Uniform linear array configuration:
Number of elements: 12
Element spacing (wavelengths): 0.25
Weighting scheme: blackman
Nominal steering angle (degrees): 60
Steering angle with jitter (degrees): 58.713
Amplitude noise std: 0.05
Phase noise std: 0.05

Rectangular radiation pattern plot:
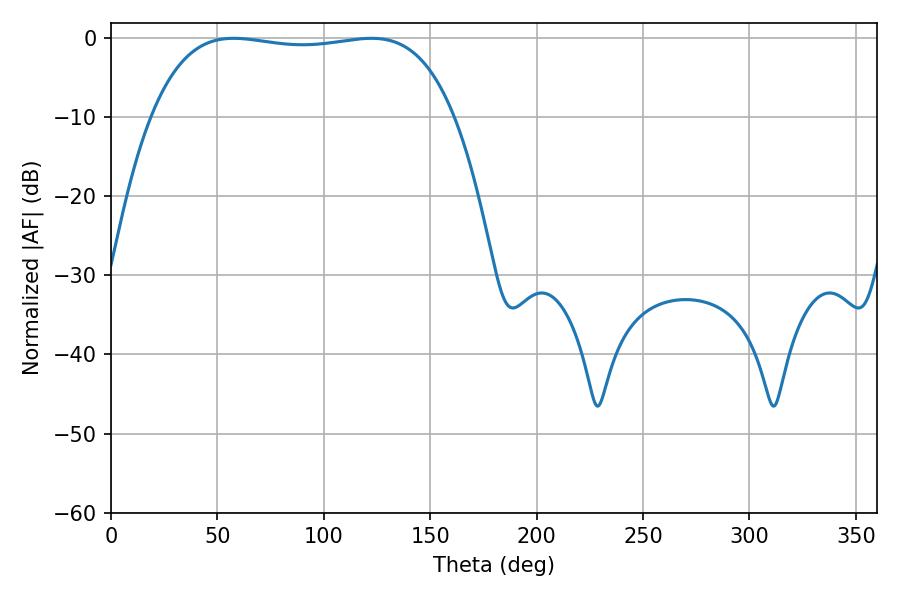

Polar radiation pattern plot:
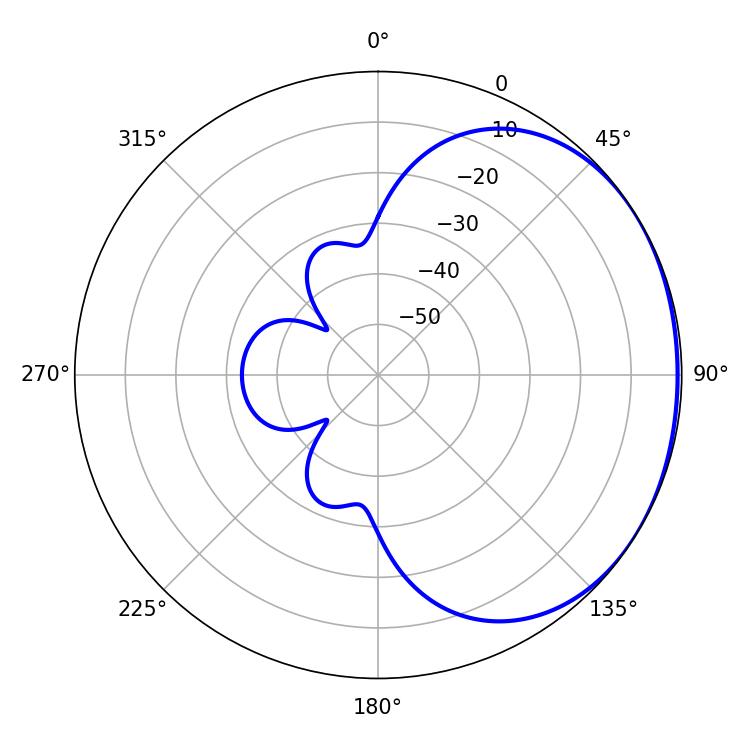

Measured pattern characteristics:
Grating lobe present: FALSE
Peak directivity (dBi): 1.114
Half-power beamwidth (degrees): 113.4
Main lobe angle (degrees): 57.6